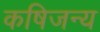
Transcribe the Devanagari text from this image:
कषिजन्य